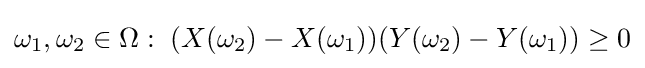
\omega _{1},\omega _{2}\in \Omega :\;(X(\omega _{2})-X(\omega _{1}))(Y(\omega _{2})-Y(\omega _{1}))\geq 0